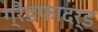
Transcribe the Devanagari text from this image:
ग्रैंडफादर्ड